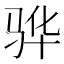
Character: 骅